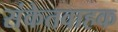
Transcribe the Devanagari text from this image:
संकेतवाहक